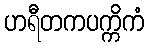
ဟရီတကပက္ကိကံ